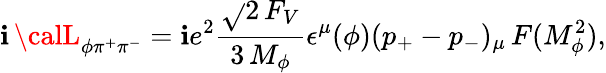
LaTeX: \mathbf{i}\, {\calL}_{\phi\pi^{+}\pi^{-}}=\mathbf{i}e^{2}\frac{{\sqrt{}{{2}}\, F_{V}}}{{3\, M_{\phi}}}\epsilon^{\mu}(\phi)(p_{+}-p_{-})_{\mu}\, F(M_{\phi}^{2}),